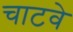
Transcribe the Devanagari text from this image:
चाटवे